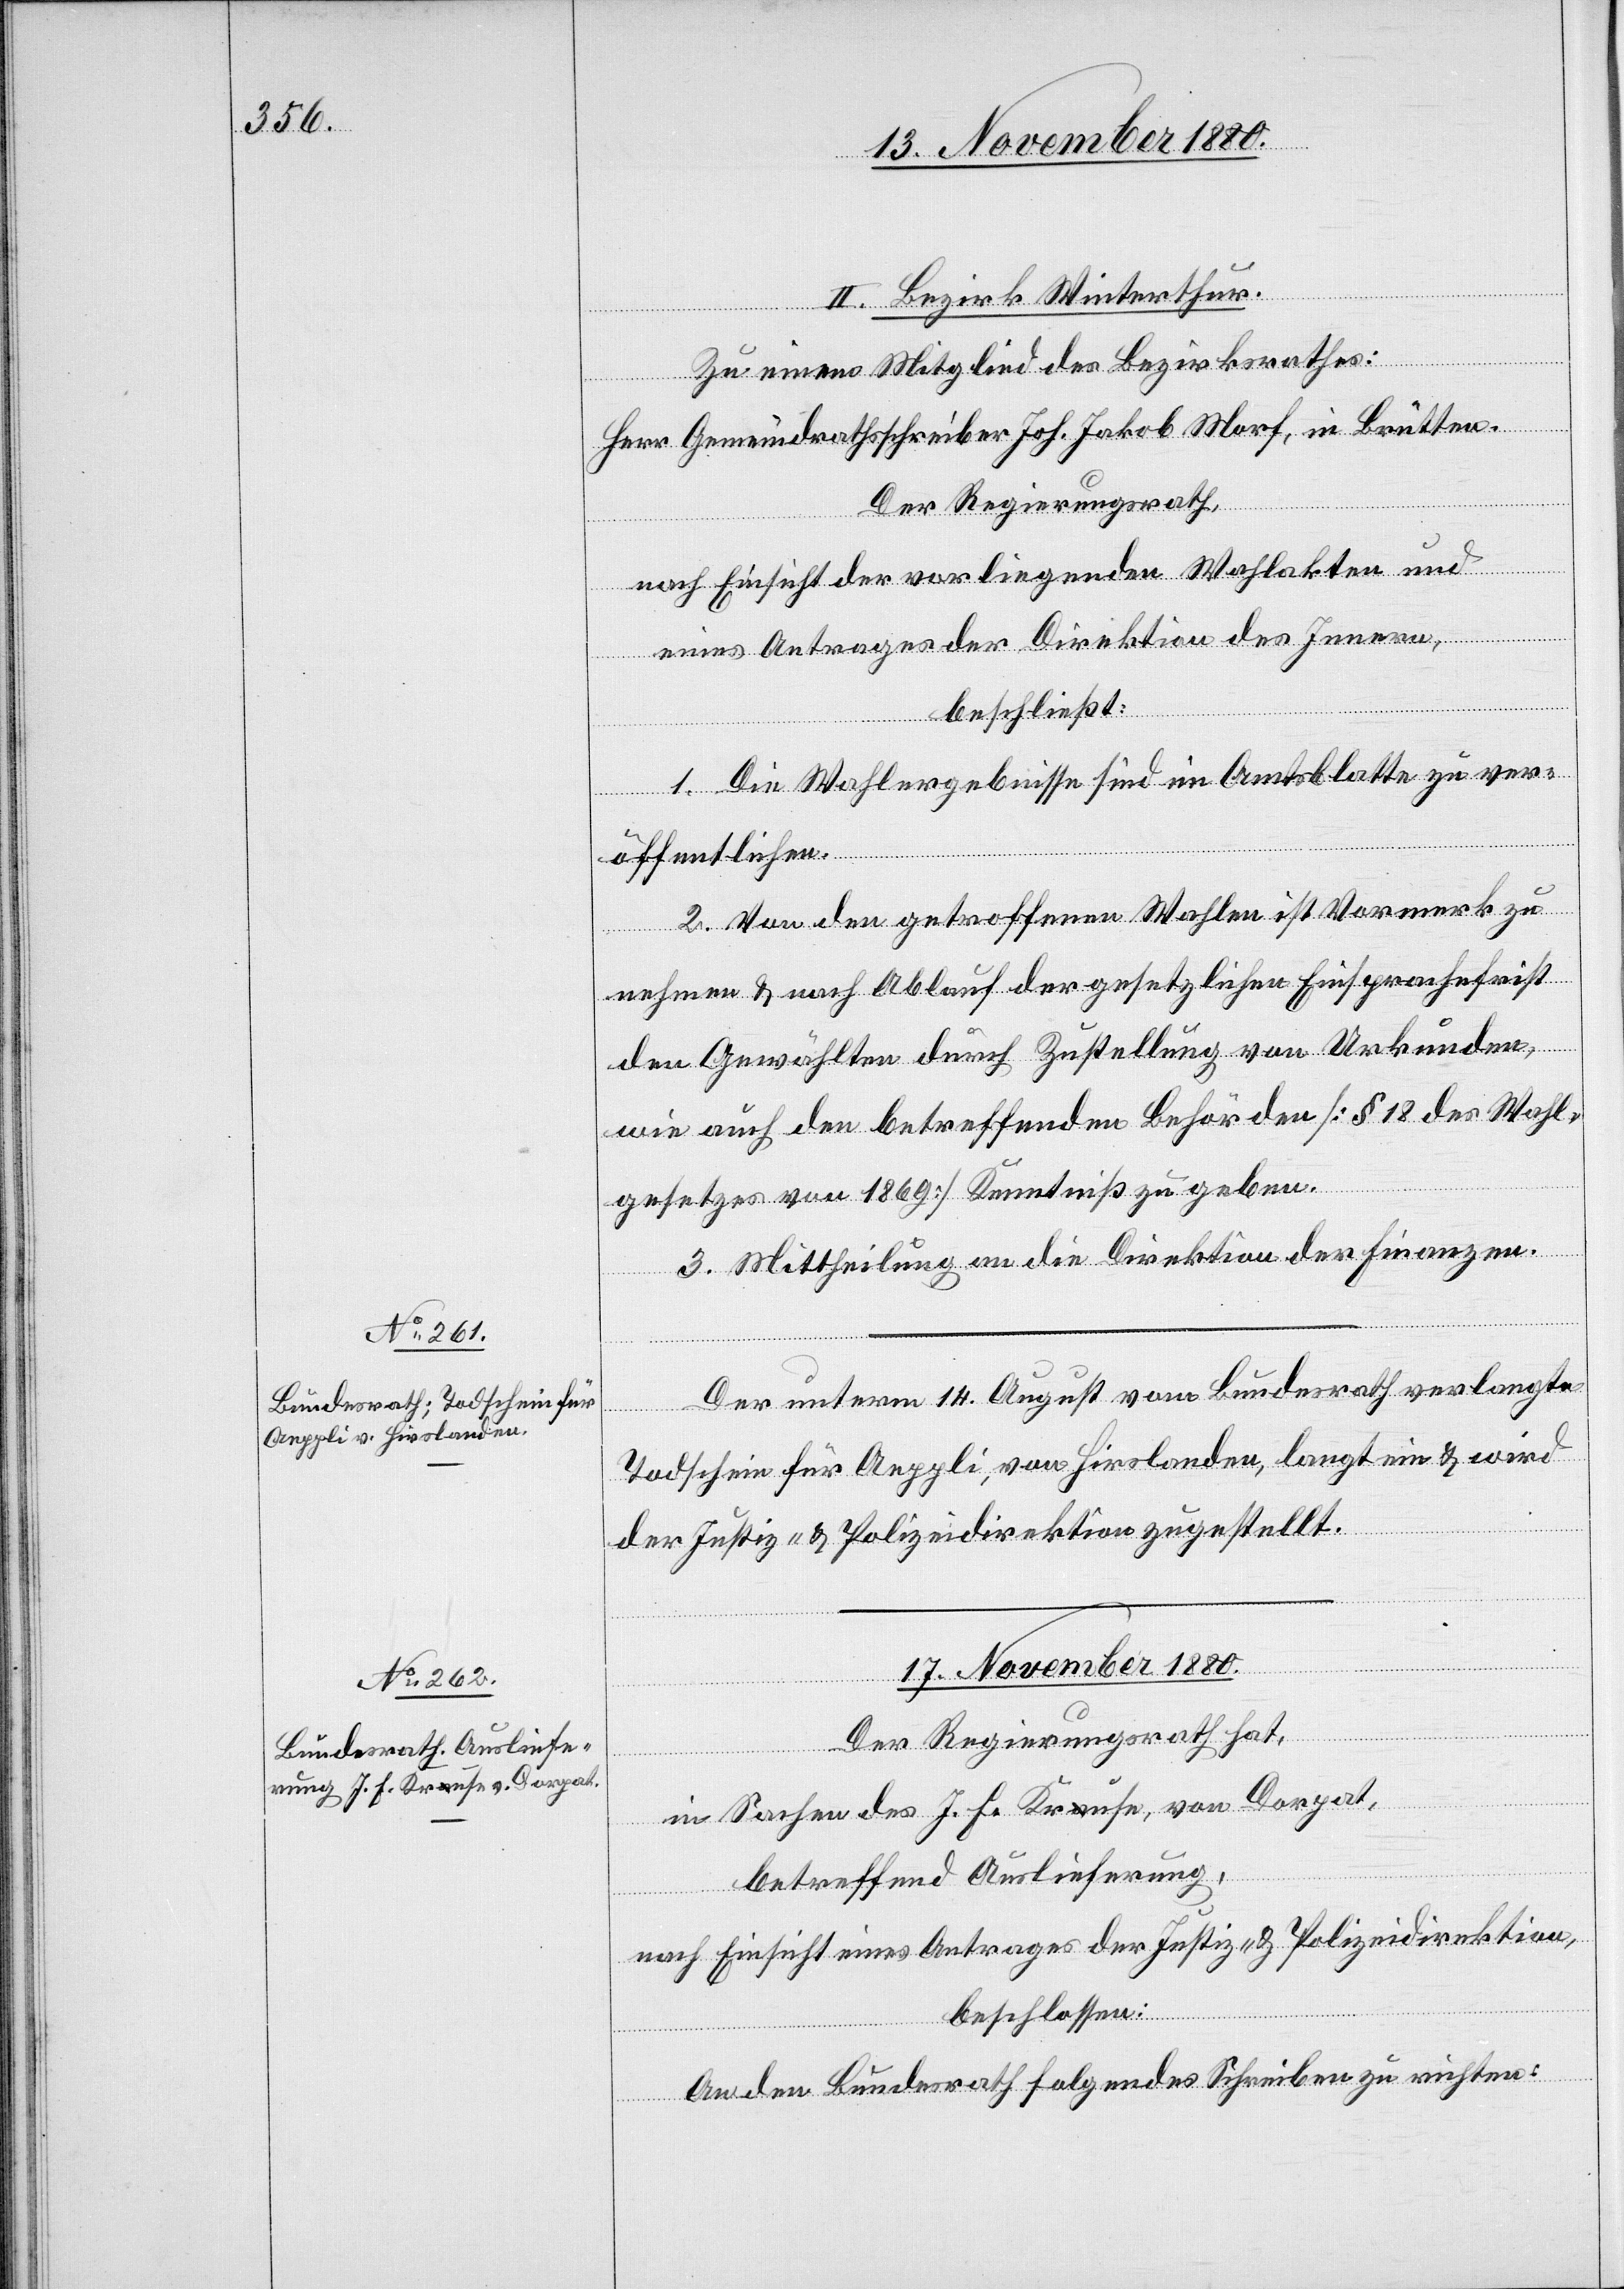
16. November 1880.]
II. Bezirk Winterthur.
ngen.
Zu einem Mitglied des Bezirksrathes:
Herr Gemeindrathsschreiber Joh. Jakob Morf, in Brütten.
Der Regierungsrath,
nach Einsicht der vorliegenden Wahlakten und
eines Antrages der Direktion des Innern
beschließt:
1. Die Wahlergebnisse sind im Amtsblatte zu ver¬
öffentlichen.
2. Von den getroffenen Wahlen ist Vormerk zu
nehmen & nach Ablauf der gesetzlichen Einsprachefrist
den Gewählten durch Zustellung von Urkunden,
wie auch den Betreffenden Behörden [§ 18 des Wahl¬
gesetzes von 1869] Kenntniß zu geben.
3. Mittheilung an die Direktion der Finanzen.
Der unterm 14. August vom Bundesrath verlangte
Todschein für Aeppli, von Hirslanden, langt ein & wird
der Justiz- & Polizeidirektion zugestellt.
17. November 1880.
Der Regierungsrath hat,
in Sachen des J. F. Kra-a-ause, von Dorpat,
betreffend Auslieferung,
nach Einsicht eines Antrages der Justiz- & Polizeidirektion,
beschlossen:
An den Bundesrath folgendes Schreiben zu richten: